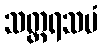
သတ္တရသမံ